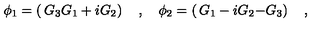
\phi _ { 1 } = \left( \begin{matrix} { G _ { 3 } } \\ { G _ { 1 } + i G _ { 2 } } \\ \end{matrix} \right) \quad , \quad \phi _ { 2 } = \left( \begin{matrix} { G _ { 1 } - i G _ { 2 } } \\ { - G _ { 3 } } \\ \end{matrix} \right) \quad ,